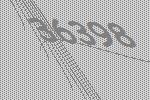
36398